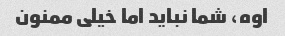
اوه، شما نباید اما خیلی ممنون